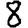
Digit: 8